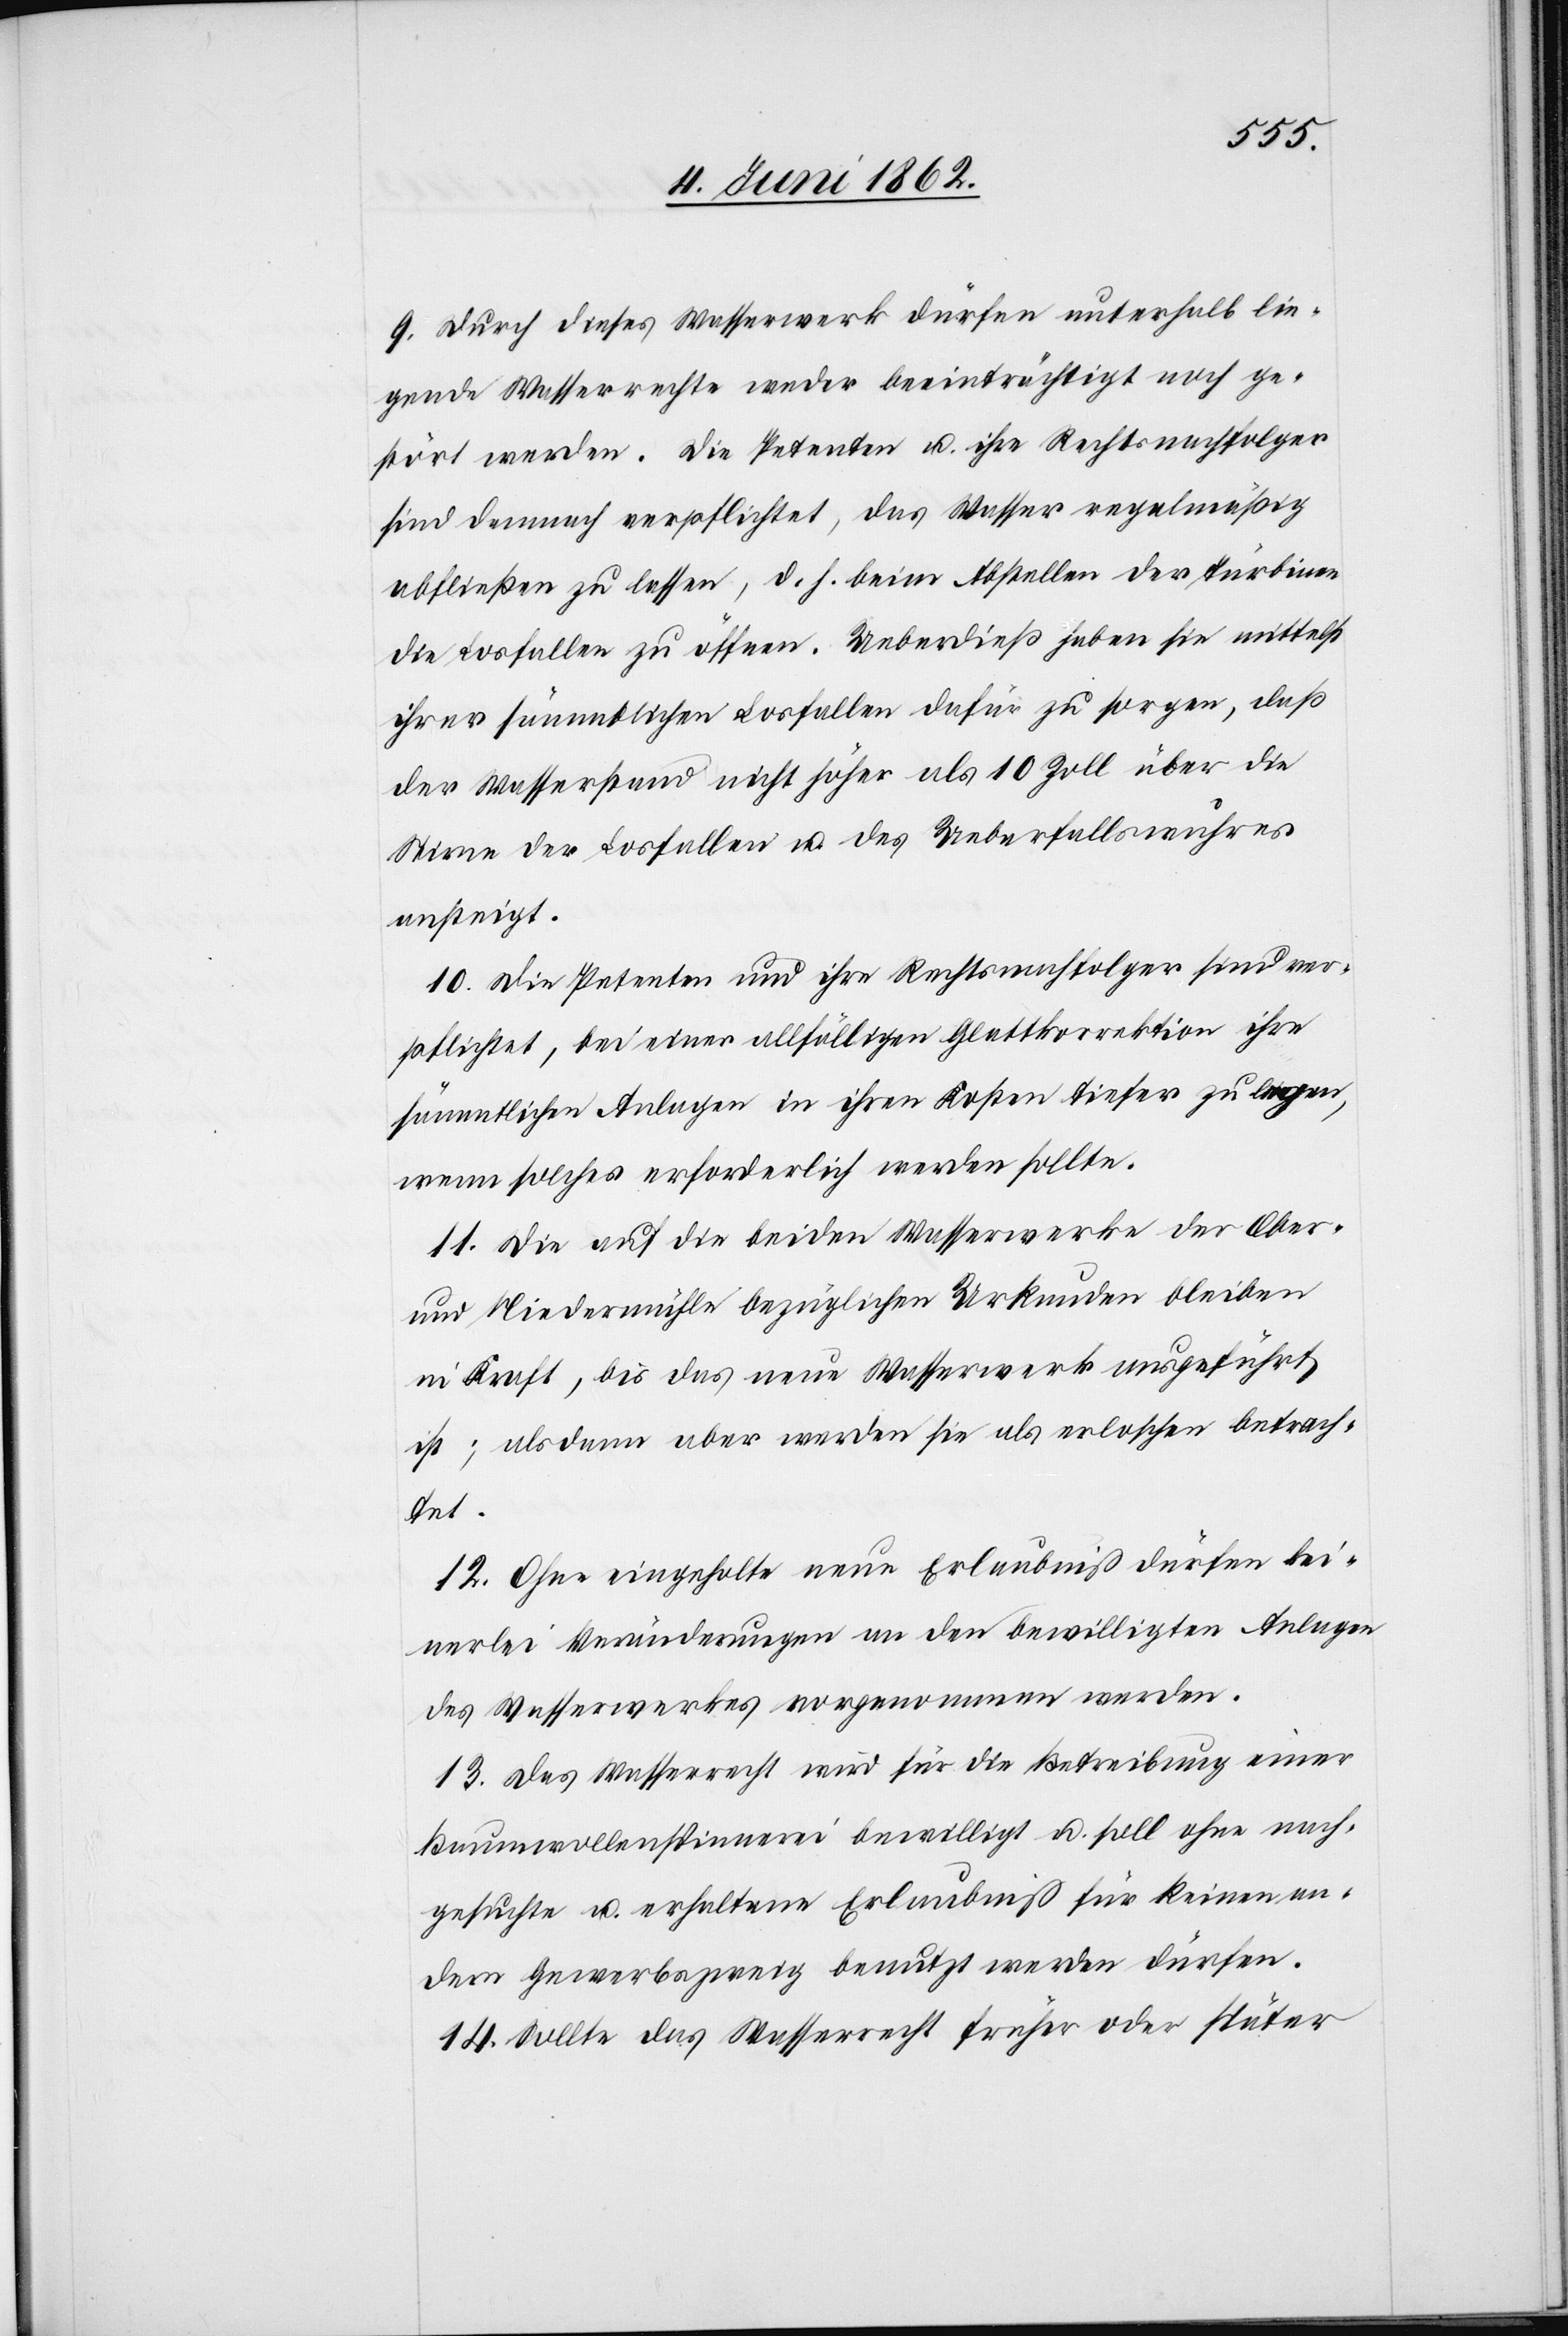
9. Durch dieses Wasserwerk dürfen unterhalb lie¬
gende Wasserrechte weder beeinträchtigt noch ge¬
stört werden. Die Petenten u. ihre Rechtsnachfolger
sind demnach verpflichtet, das Wasser regelmäßig
abfließen zu lassen, d. h. beim Abstellen der Turbinen
die Losfallen zu öffnen. Ueberdieß haben sie mittelst
ihrer sämmtlichen Losfallen dafür zu sorgen, daß
der Wasserstand nicht höher als 10 Zoll über die
Stirne des Losfallen u. des Ueberfallswuhres
ansteigt.
10. Die Petenten und ihre Rechtsnachfolger sind ver¬
pflichtet, bei einer allfälligen Glattkorrektion ihre
sämmtlichen Anlagen in ihren Kosten tiefer zu legen,
wenn solches erforderlich werden sollte.
11. Die auf die beiden Wasserwerke der Ober-
und Niedermühle bezüglichen Urkunden bleiben
in Kraft, bis das neue Wasserwerk ausgeführt
ist; alsdann aber werden sie als erloschen betrach¬
tet.
12. Ohne eingeholte neue Erlaubniß dürfen kei¬
nerlei Veränderungen an den bewilligten Anlagen
des Wasserwerkes vorgenommen werden.
13. Das Wasserrecht wird für die Betreibung einer
Baumwollenspinnerei bewilligt u. soll ohne nach¬
gesuchte u. erhaltene Erlaubniß für keinen an¬
dern Gewerbszweig benutzt werden dürfen.
14. Sollte das Wasserrecht früher oder später